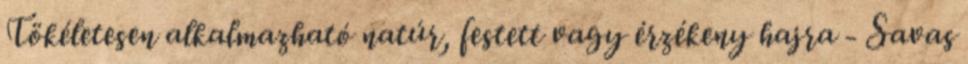
Tökéletesen alkalmazható natúr, festett vagy érzékeny hajra - Savas